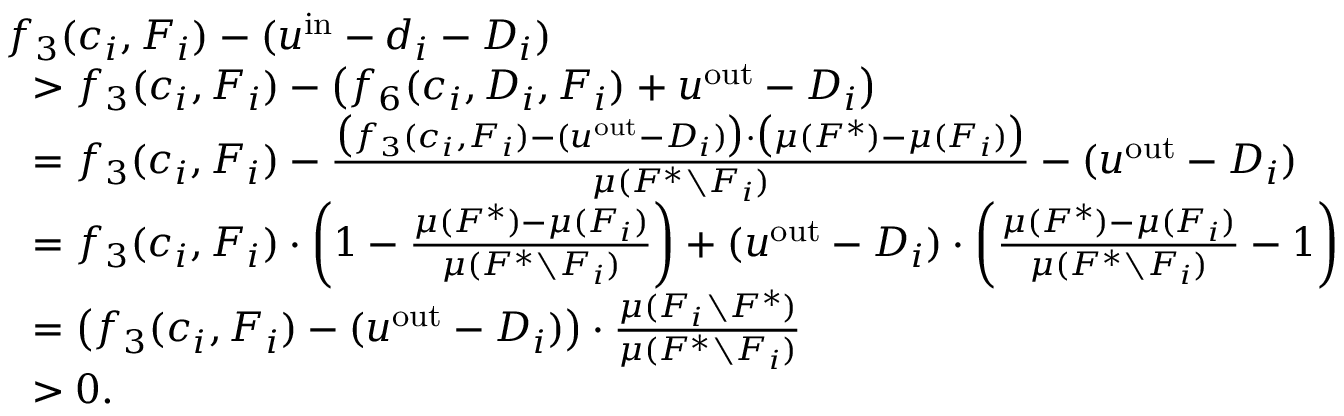
\begin{array} { r l } & { f _ { 3 } ( c _ { i } , F _ { i } ) - ( u ^ { \mathrm { i n } } - d _ { i } - D _ { i } ) } \\ { } & { ~ ~ > f _ { 3 } ( c _ { i } , F _ { i } ) - \big ( f _ { 6 } ( c _ { i } , D _ { i } , F _ { i } ) + u ^ { \mathrm { o u t } } - D _ { i } \big ) } \\ { } & { ~ ~ = f _ { 3 } ( c _ { i } , F _ { i } ) - \frac { \big ( f _ { 3 } ( c _ { i } , F _ { i } ) - ( u ^ { \mathrm { o u t } } - D _ { i } ) \big ) \cdot \big ( \mu ( F ^ { * } ) - \mu ( F _ { i } ) \big ) } { \mu ( F ^ { * } \setminus F _ { i } ) } - ( u ^ { \mathrm { o u t } } - D _ { i } ) } \\ { } & { ~ ~ = f _ { 3 } ( c _ { i } , F _ { i } ) \cdot \left( 1 - \frac { \mu ( F ^ { * } ) - \mu ( F _ { i } ) } { \mu ( F ^ { * } \setminus F _ { i } ) } \right) + ( u ^ { \mathrm { o u t } } - D _ { i } ) \cdot \left( \frac { \mu ( F ^ { * } ) - \mu ( F _ { i } ) } { \mu ( F ^ { * } \setminus F _ { i } ) } - 1 \right) } \\ { } & { ~ ~ = \big ( f _ { 3 } ( c _ { i } , F _ { i } ) - ( u ^ { \mathrm { o u t } } - D _ { i } ) \big ) \cdot \frac { \mu ( F _ { i } \setminus F ^ { * } ) } { \mu ( F ^ { * } \setminus F _ { i } ) } } \\ { } & { ~ ~ > 0 . } \end{array}